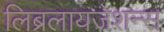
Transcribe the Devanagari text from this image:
लिब्रलायजेशन्स